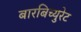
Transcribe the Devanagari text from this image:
बारबिच्युरेट